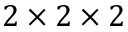
2 \times 2 \times 2